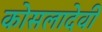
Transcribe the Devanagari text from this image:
कोसलादेवी